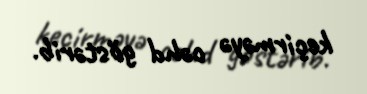
keçirməyə cəhd göstərib.